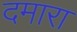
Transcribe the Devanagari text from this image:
दमारा